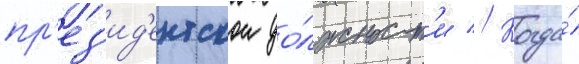
пр'ез'ид'ентскои до́лжност'и // Когда́